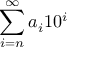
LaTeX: \sum _ { i = n } ^ { \infty } a _ { i } 1 0 ^ { i }